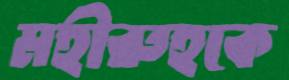
মহীরুহকে